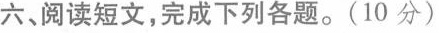
六、阅读短文,完成下列各题.(10 分)